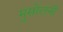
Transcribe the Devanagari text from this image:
मुसोलनी